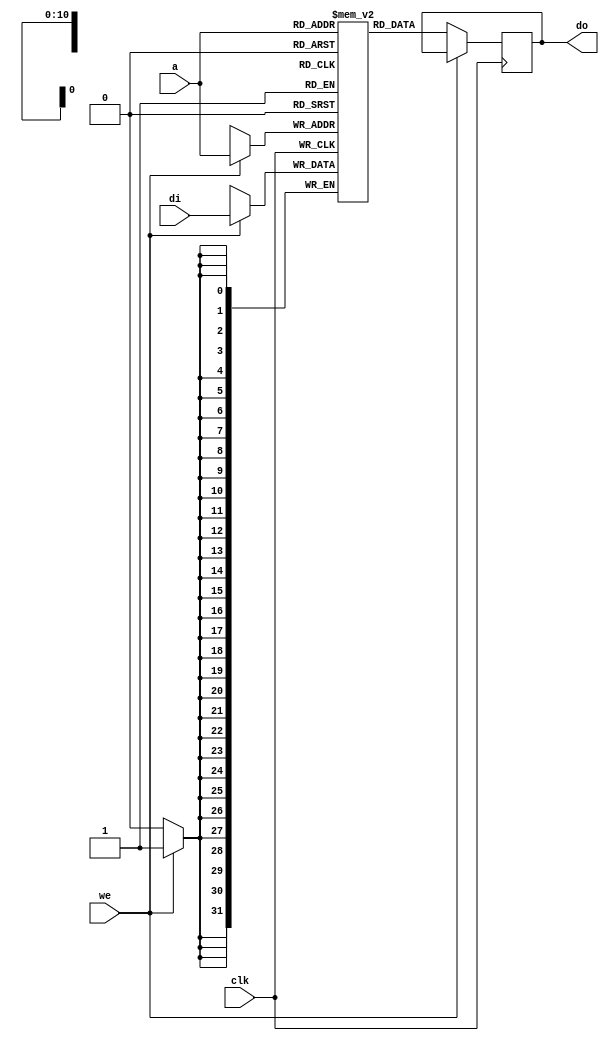
// Description     : a library of single port RAM model=
////////////////////////////////////////////////////////////////////////////////// 

module ramspx (clk,a,we,di,do);

parameter ADDRBIT = 11;
parameter DEPTH = 1536;
parameter WIDTH = 32;
parameter TYPE = "AUTO";
parameter MAXDEPTH = 0;

input               clk;
input [ADDRBIT-1:0] a;
input               we;
input [WIDTH-1:0]   di;
output [WIDTH-1:0]  do;

reg [WIDTH-1:0] ram [DEPTH-1:0];
reg [WIDTH-1:0] do;

integer i;
initial
    begin 
    for(i=0;i<DEPTH;i=i+1)
        ram[i] = {WIDTH{1'b0}};
    end

always @ (posedge clk)
    begin
    if (we)
        begin
        ram[a] <= di;
        //do <= {WIDTH{1'bx}};  do not like altera model.
        end
    else do <= ram[a];
    end

endmodule